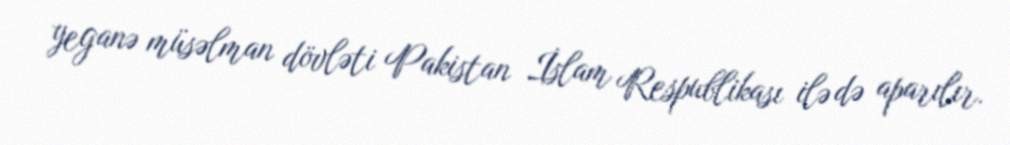
yeganə müsəlman dövləti Pakistan İslam Respublikası ilə də aparılır.